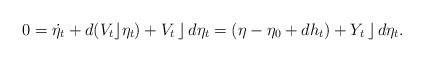
LaTeX: \begin{align*}0= \dot{\eta_t} + d(V_t\rfloor \eta_t) + V_t\,\rfloor\, d\eta_t = (\eta-\eta_0 + dh_t) + Y_t \,\rfloor\, d\eta_t.\end{align*}